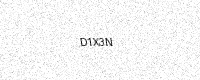
Text: D1X3N